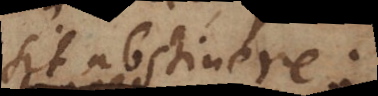
sit abstinere.